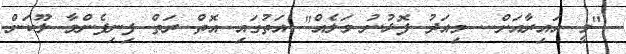
"މީ އައިރާއަށް... މިއަދު ފޮޅުނު މަލެއް" އަތުގައި އޮތް ރަތް ފިނިފެންމާ ލޫކަން